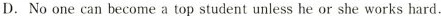
D.No one can become a top student unless he or she works hard.